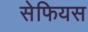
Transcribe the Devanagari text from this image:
सेफियस